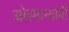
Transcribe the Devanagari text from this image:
ओस्मान्यांची